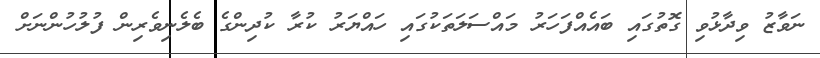
ނަވާޒު ވިދާޅުވި ގޮތުގައި ބައެއްފަހަރު މައްސަލަތަކުގައި ހައްޔަރު ކުރާ ކުދިންގެ ބެލެނިވެރިން ފުލުހުންނަށް